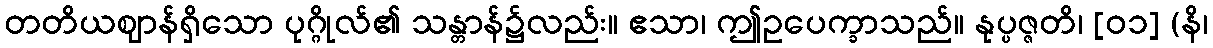
တတိယဈာန်ရှိသော ပုဂ္ဂိုလ်၏ သန္တာန်၌လည်း။ ဧသာ၊ ဤဥပေက္ခာသည်။ နုပ္ပဇ္ဇတိ၊ [၀၁] (နိ၊